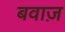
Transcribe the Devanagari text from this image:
बवाज़